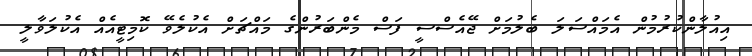
އިއުލާންކުރުމުން އެމައްސަލަ ބެލުމަށް ޖޭއެސްސީ ފަސް މެންބަރުންގެ މައްޗަށް އެކުލެވޭ ކޮމިޓީއެއް އެކުލަވާލީ